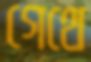
গেথে